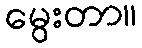
မွေးတာ။